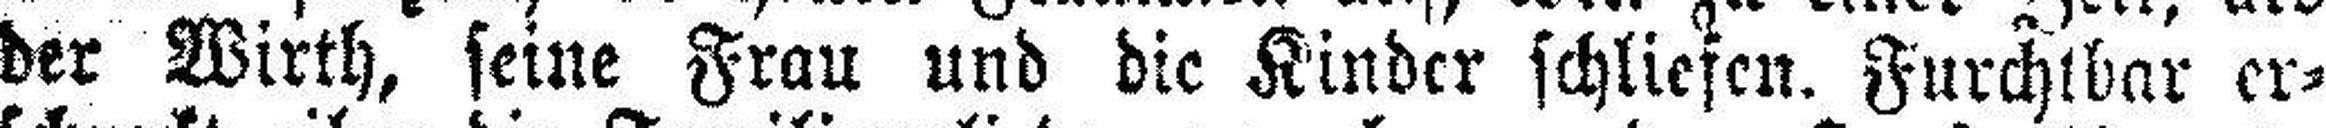
der Wirth, seine Frau und die Kinder schliefen. Furchtbar er¬